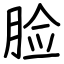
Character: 脸